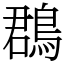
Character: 鵘